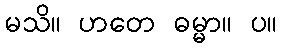
မသိ။ ဟတေ ဓမ္မာ။ ပ။